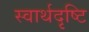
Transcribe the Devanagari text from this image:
स्वार्थदृष्टि